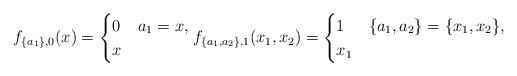
LaTeX: \begin{align*}f_{\{a_1\},0}(x)=\begin{cases}0 & a_1=x,\\x & \end{cases}f_{\{a_1,a_2\},1}(x_1,x_2)=\begin{cases}1 & \{a_1,a_2\}=\{x_1,x_2\},\\x_1 & \end{cases}\end{align*}